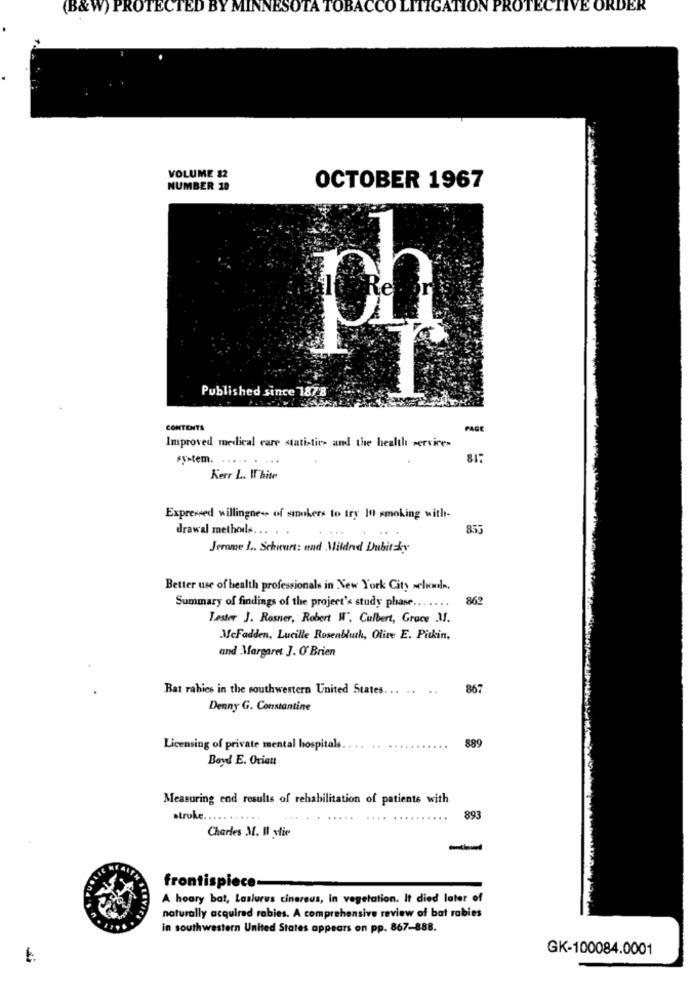
(B&W) PROTECTED BY MINNESOTA TOBACCO LITIGATION PROTECTIVE ORDER
VOLUME $2
NUMBER 10
OCTOBER 1967
ph
Published since 1878
CONTENTS
PAGE
Improved medical care statistics and the health services
system. ..... . ...
81.
Kerr L. Il'hite
Expressed willingness of smokers to try 10 smoking with-
drawal methods ... .
853
Jerome J .. Schreurs: and Mildred Dubitky
Better use of health professionals in New York City selonle.
862
Summary of findings of the project's study phase .......
Laster J. Rosner, Robert W", Culbert, Grace .M.
McFadden, Lucille Rosenbluth, Olive E. Pitkin,
and Margaret J. O' Brien
Bat rabies in the southwestern United States ... ..
867
Denny G. Constantine
889
Licensing of private mental hospitals
Boyd E. Orient
Measuring end results of rehabilitation of patients with
struke ..
893
Charles M. Il ytie
-
frontispiece-
A hoary bat, Laslures cinereus, In vegetation. It died later of
naturally acquired rabies. A comprehensive review of bat rabies
in southwestern United States appears on pp. 867-888.
GK-100084.0001